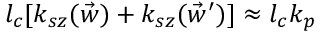
l _ { c } [ k _ { s z } ( \vec { w } ) + k _ { s z } ( \vec { w } ^ { \prime } ) ] \approx l _ { c } k _ { p }